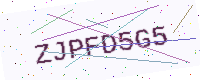
Text: ZJPFD5G5